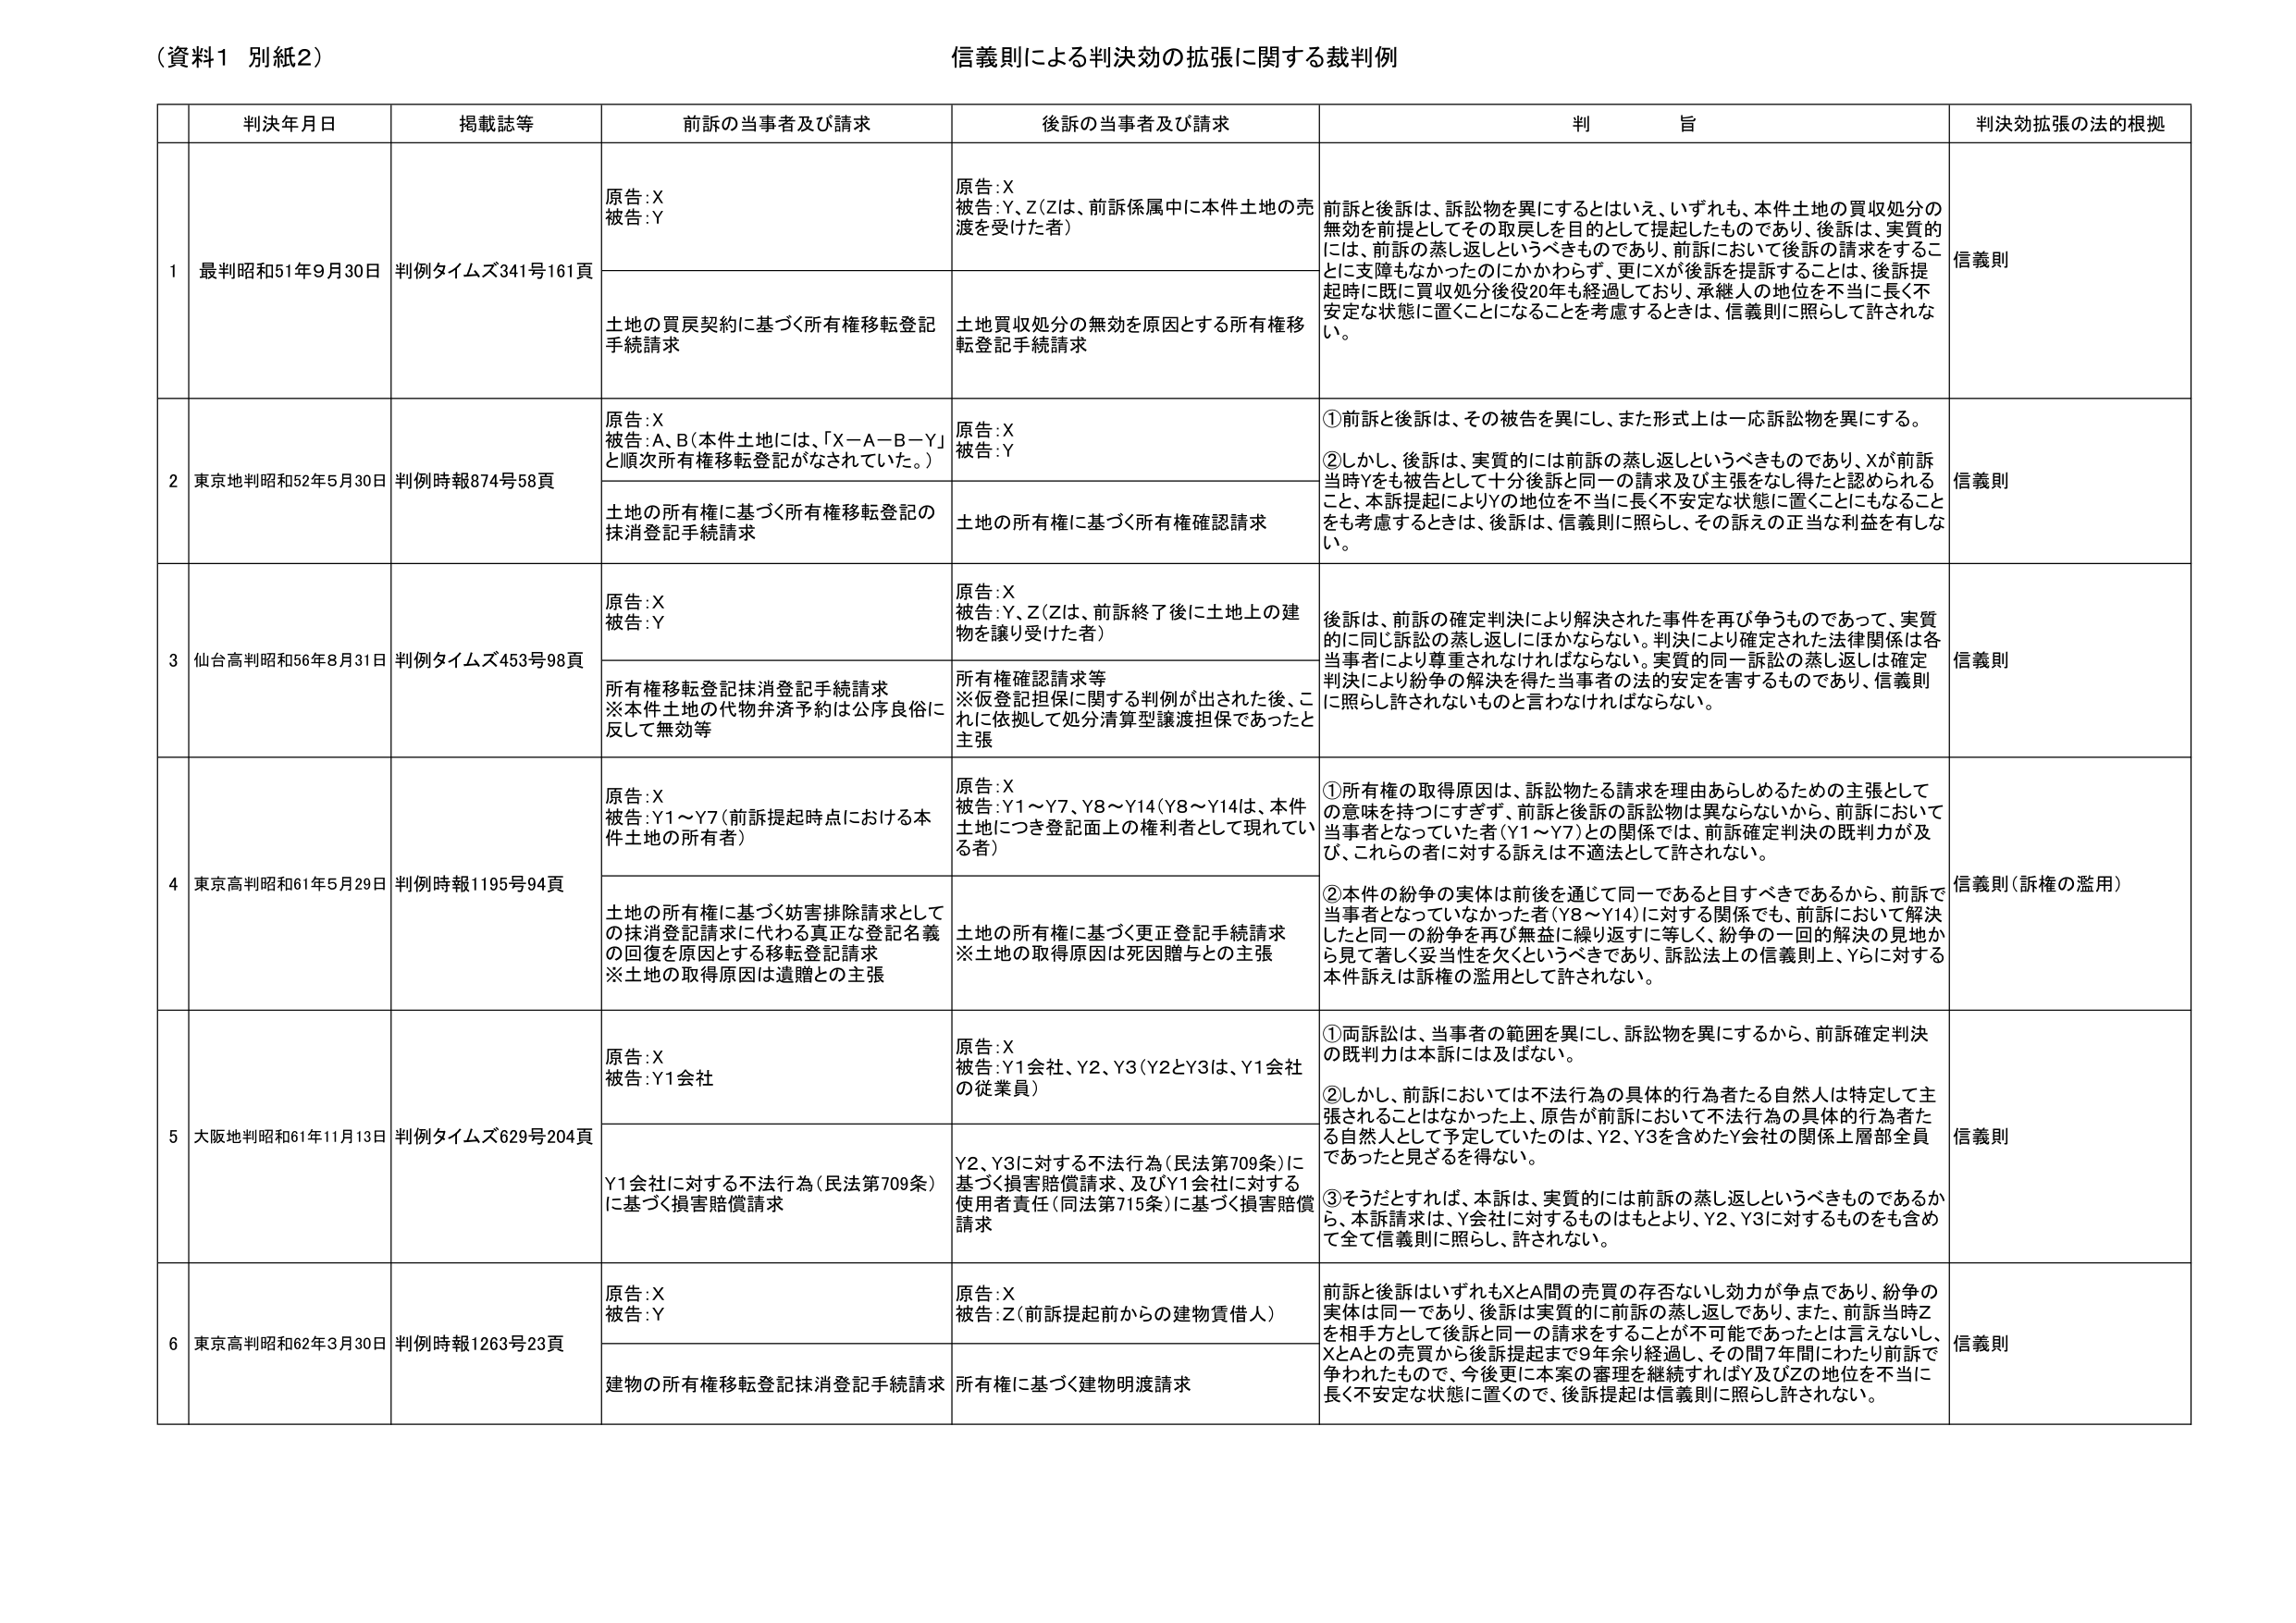
（資料1 別紙2）
信義則による判決効の拡張に関する裁判例

| | 判決年月日 | 掲載誌等 | 前訴の当事者及び請求 | 後訴の当事者及び請求 | 判 旨 | 判決効拡張の法的根拠 |
|---|---|---|---|---|---|---|
| 1 | 最判昭和51年9月30日 | 判例タイムズ341号161頁 | 原告：X<br>被告：Y | 原告：X<br>被告：Y、Z（Zは、前訴係属中に本件土地の売渡を受けた者） | 前訴と後訴は、訴訟物を異にするとはいえ、いずれも、本件土地の買収処分の無効を前提としてその取戻しを目的として提起したものであり、後訴は、実質的には、前訴の蒸し返しというべきものであり、前訴において後訴の請求をするこ とに支障もなかったのにかかわらず、更にXが後訴を提訴することは、後訴提起時に既に買収処分後役20年も経過しており、承継人の地位を不当に長く不安定な状態に置くことになることを考慮するときは、信義則に照らして許されない。 | 信義則 |
| | | | 土地の買戻契約に基づく所有権移転登記手続請求 | 土地買収処分の無効を原因とする所有権移転登記手続請求 | | |
| 2 | 東京地判昭和52年5月30日 | 判例時報874号58頁 | 原告：X<br>被告：A、B（本件土地には、「X－A－B－Y」と順次所有権移転登記がなされていた。） | 原告：X<br>被告：Y | ①前訴と後訴は、その被告を異にし、また形式上は一応訴訟物を異なる。<br>②しかし、後訴は、実質的には前訴の蒸し返しというべきものであり、Xが前訴当時Yをも被告として十分後訴と同一の請求及び主張をなし得たと認められること、本訴提起によりYの地位を不当に長く不安定な状態に置くことにもなることを考慮するときは、後訴は、信義則に照らし、その訴えの正当な利益を有しない。 | 信義則 |
| | | | 土地の所有権に基づく所有権移転登記の抹消登記手続請求 | 土地の所有権に基づく所有権確認請求 | | |
| 3 | 仙台高判昭和56年8月31日 | 判例タイムズ453号98頁 | 原告：X<br>被告：Y | 原告：X<br>被告：Y、Z（Zは、前訴終了後に土地上の建物を譲り受けた者） | 後訴は、前訴の確定判決により解決された事件を再び争うものであって、実質的に同じ訴訟の蒸し返しにはかならない。判決により確定された法律関係は各当事者により尊重されなければならない。実質的同一訴訟の蒸し返しは確定判決により紛争の解決を得た当事者の法的安定を害するものであり、信義則に照らし許されないものと言わなければならない。 | 信義則 |
| | | | 所有権移転登記抹消登記手続請求<br>※本件土地の代物弁済予約は公序良俗に反して無効等 | 所有権確認請求等<br>※仮登記担保に関する判例が出された後、これに依拠して処分清算型譲渡担保であったと主張 | | |
| 4 | 東京高判昭和61年5月29日 | 判例時報1195号94頁 | 原告：X<br>被告：Y1～Y7（前訴提起時点における本件土地の所有者） | 原告：X<br>被告：Y1～Y7、Y8～Y14（Y8～Y14は、本件土地につき登記面上の権利者として現れている者） | ①所有権の取得原因は、訴訟物たる請求を理由あらしめるための主張としての意味を持つにすぎず、前訴と後訴の訴訟物は異ならないから、前訴において当事者となっていた者（Y1～Y7）との関係では、前訴確定判決の既判力が及び、これら の者に対する訴えは不適法として許されない。<br>②本件の紛争の実体は前後を通じて同一であると目すべきであるから、前訴で当事者となっていなかった者（Y8～Y14）に対する関係でも、前訴において解決したと同一の紛争を再び無益に繰り返すに等しく、紛争の一回的解決の見地から見て著しく妥当性を欠くというべきであり、訴訟法上の信義則上、Yらに対する本件訴えは訴権の濫用として許されない。 | 信義則（訴権の濫用） |
| | | | 土地の所有権に基づく妨害排除請求としての抹消登記請求に代わる真正な登記名義の回復を原因とする移転登記請求<br>※土地の取得原因は遺贈との主張 | 土地の所有権に基づく更正登記手続請求<br>※土地の取得原因は死因贈与との主張 | | |
| 5 | 大阪地判昭和61年11月13日 | 判例タイムズ629号204頁 | 原告：X<br>被告：Y1会社 | 原告：X<br>被告：Y1会社、Y2、Y3（Y2とY3は、Y1会社の従業員） | ①両訴訟は、当事者の範囲を異にし、訴訟物を異にするから、前訴確定判決の既判力は本訴には及ばない。<br>②しかし、前訴においては不法行為の具体的行為者たる自然人は特定して主張されることはなかった上、原告が前訴において不法行為の具体的行為者たる自然人として予定していたのは、Y2、Y3を含めたY会社の関係上層部全員であったと見ざるを得ない。<br>③そうだとすれば、本訴は、実質的には前訴の蒸し返しというべきものであるから、本訴請求は、Y会社に対するもののもとより、Y2、Y3に対するものをも含めて全て信義則に照らし、許されない。 | 信義則 |
| | | | Y1会社に対する不法行為（民法第709条）に基づく損害賠償請求 | Y2、Y3に対する不法行為（民法第709条）に基づく損害賠償請求、及びY1会社に対する使用者責任（同法第715条）に基づく損害賠償請求 | | |
| 6 | 東京高判昭和62年3月30日 | 判例時報1263号23頁 | 原告：X<br>被告：Y | 原告：X<br>被告：Z（前訴提起前からの建物賃借人） | 前訴と後訴はいずれもXとA間の売買の存否ないし効力が争点であり、紛争の実体は同一であり、後訴は実質的に前訴の蒸し返しであり、また、前訴当時Zを相手方として後訴と同一の請求をすることが不可能であったとは言えないとし、XとAとの売買から後訴提起まで9年余り経過し、その間7年間にわたり前訴で争われたもので、今後更に本案の審理を継続すればY及びZの地位を不当に長く不安定な状態に置くので、後訴提起は信義則に照らし許されない。 | 信義則 |
| | | | 建物の所有権移転登記抹消登記手続請求 | 所有権に基づく建物明渡請求 | | |